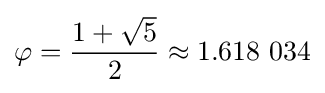
\varphi ={{1+{\sqrt {5}}} \over 2}\approx 1.618~034